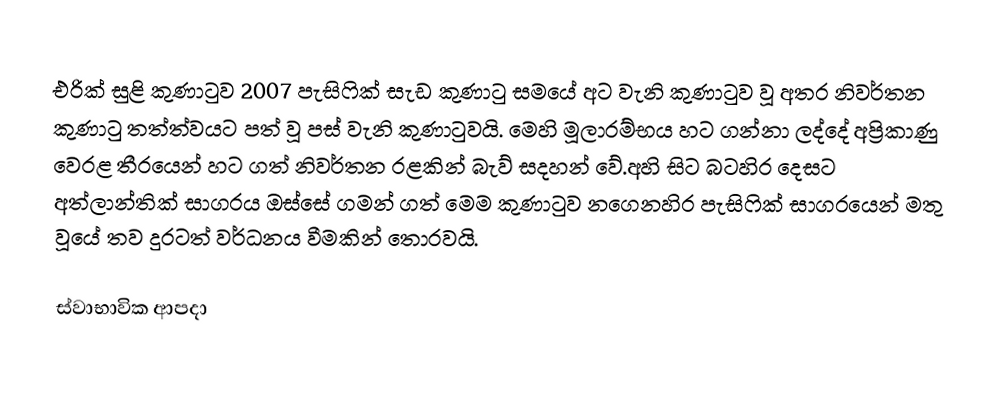
එරික් සුළි කුණාටුව 2007 පැසිෆික් සැඩ කුණාටු සමයේ අට වැනි කුණාටුව වූ අතර නිවර්තන කුණාටු තත්ත්වයට පත් වූ පස් වැනි කුණාටුවයි. මෙහි මූලාරම්භය හට ගන්නා ලද්දේ අප්‍රිකාණු වෙරළ තීරයෙන් හට ගත් නිවර්තන රළකින් බැව් සදහන් වේ.අහි සිට බටහිර දෙසට අත්ලාන්තික් සාගරය ඔස්සේ ගමන් ගත් මෙම කුණාටුව නගෙනහිර පැසිෆික් සාගරයෙන් මතු වූයේ තව දුරටත් වර්ධනය වීමකින් තොරවයි.

ස්වාභාවික ආපදා